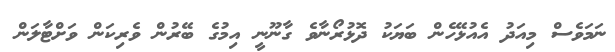
ނަމަވެސް މިއަދު އެއުޅޭހެން ބަޔަކު ދޮޅުރޯނާވެ ގާނޫނީ އިމުގެ ބޭރުން ވެރިކަން ވަށްޓާލަން